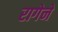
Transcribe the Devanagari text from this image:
रागेने